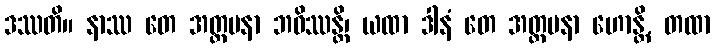
ဒဿတိ။ နာဿ တေ အတ္တမနာ ဘဝိဿန္တိ၊ ယထာ ဒါနံ တေ အတ္တမနာ ဟောန္တိ, တထာ